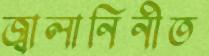
জ্বালানিনীত